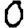
Digit: 0